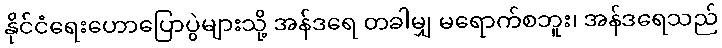
နိုင်ငံရေးဟောပြောပွဲများသို့ အန်ဒရေ တခါမျှ မရောက်စဘူး၊ အန်ဒရေသည်